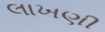
લાખણી